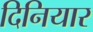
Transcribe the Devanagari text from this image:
दिनियार